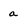
Character: a